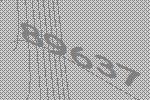
89637